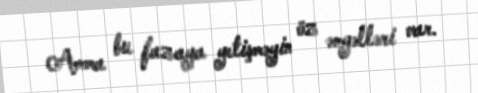
Amma bu fazaya yetişməyin öz əngəlləri var.